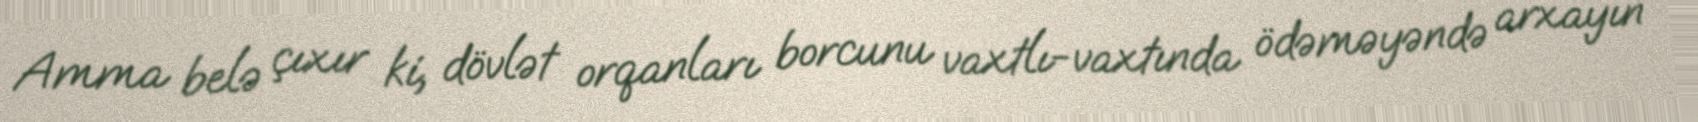
Amma belə çıxır ki, dövlət orqanları borcunu vaxtlı-vaxtında ödəməyəndə arxayın